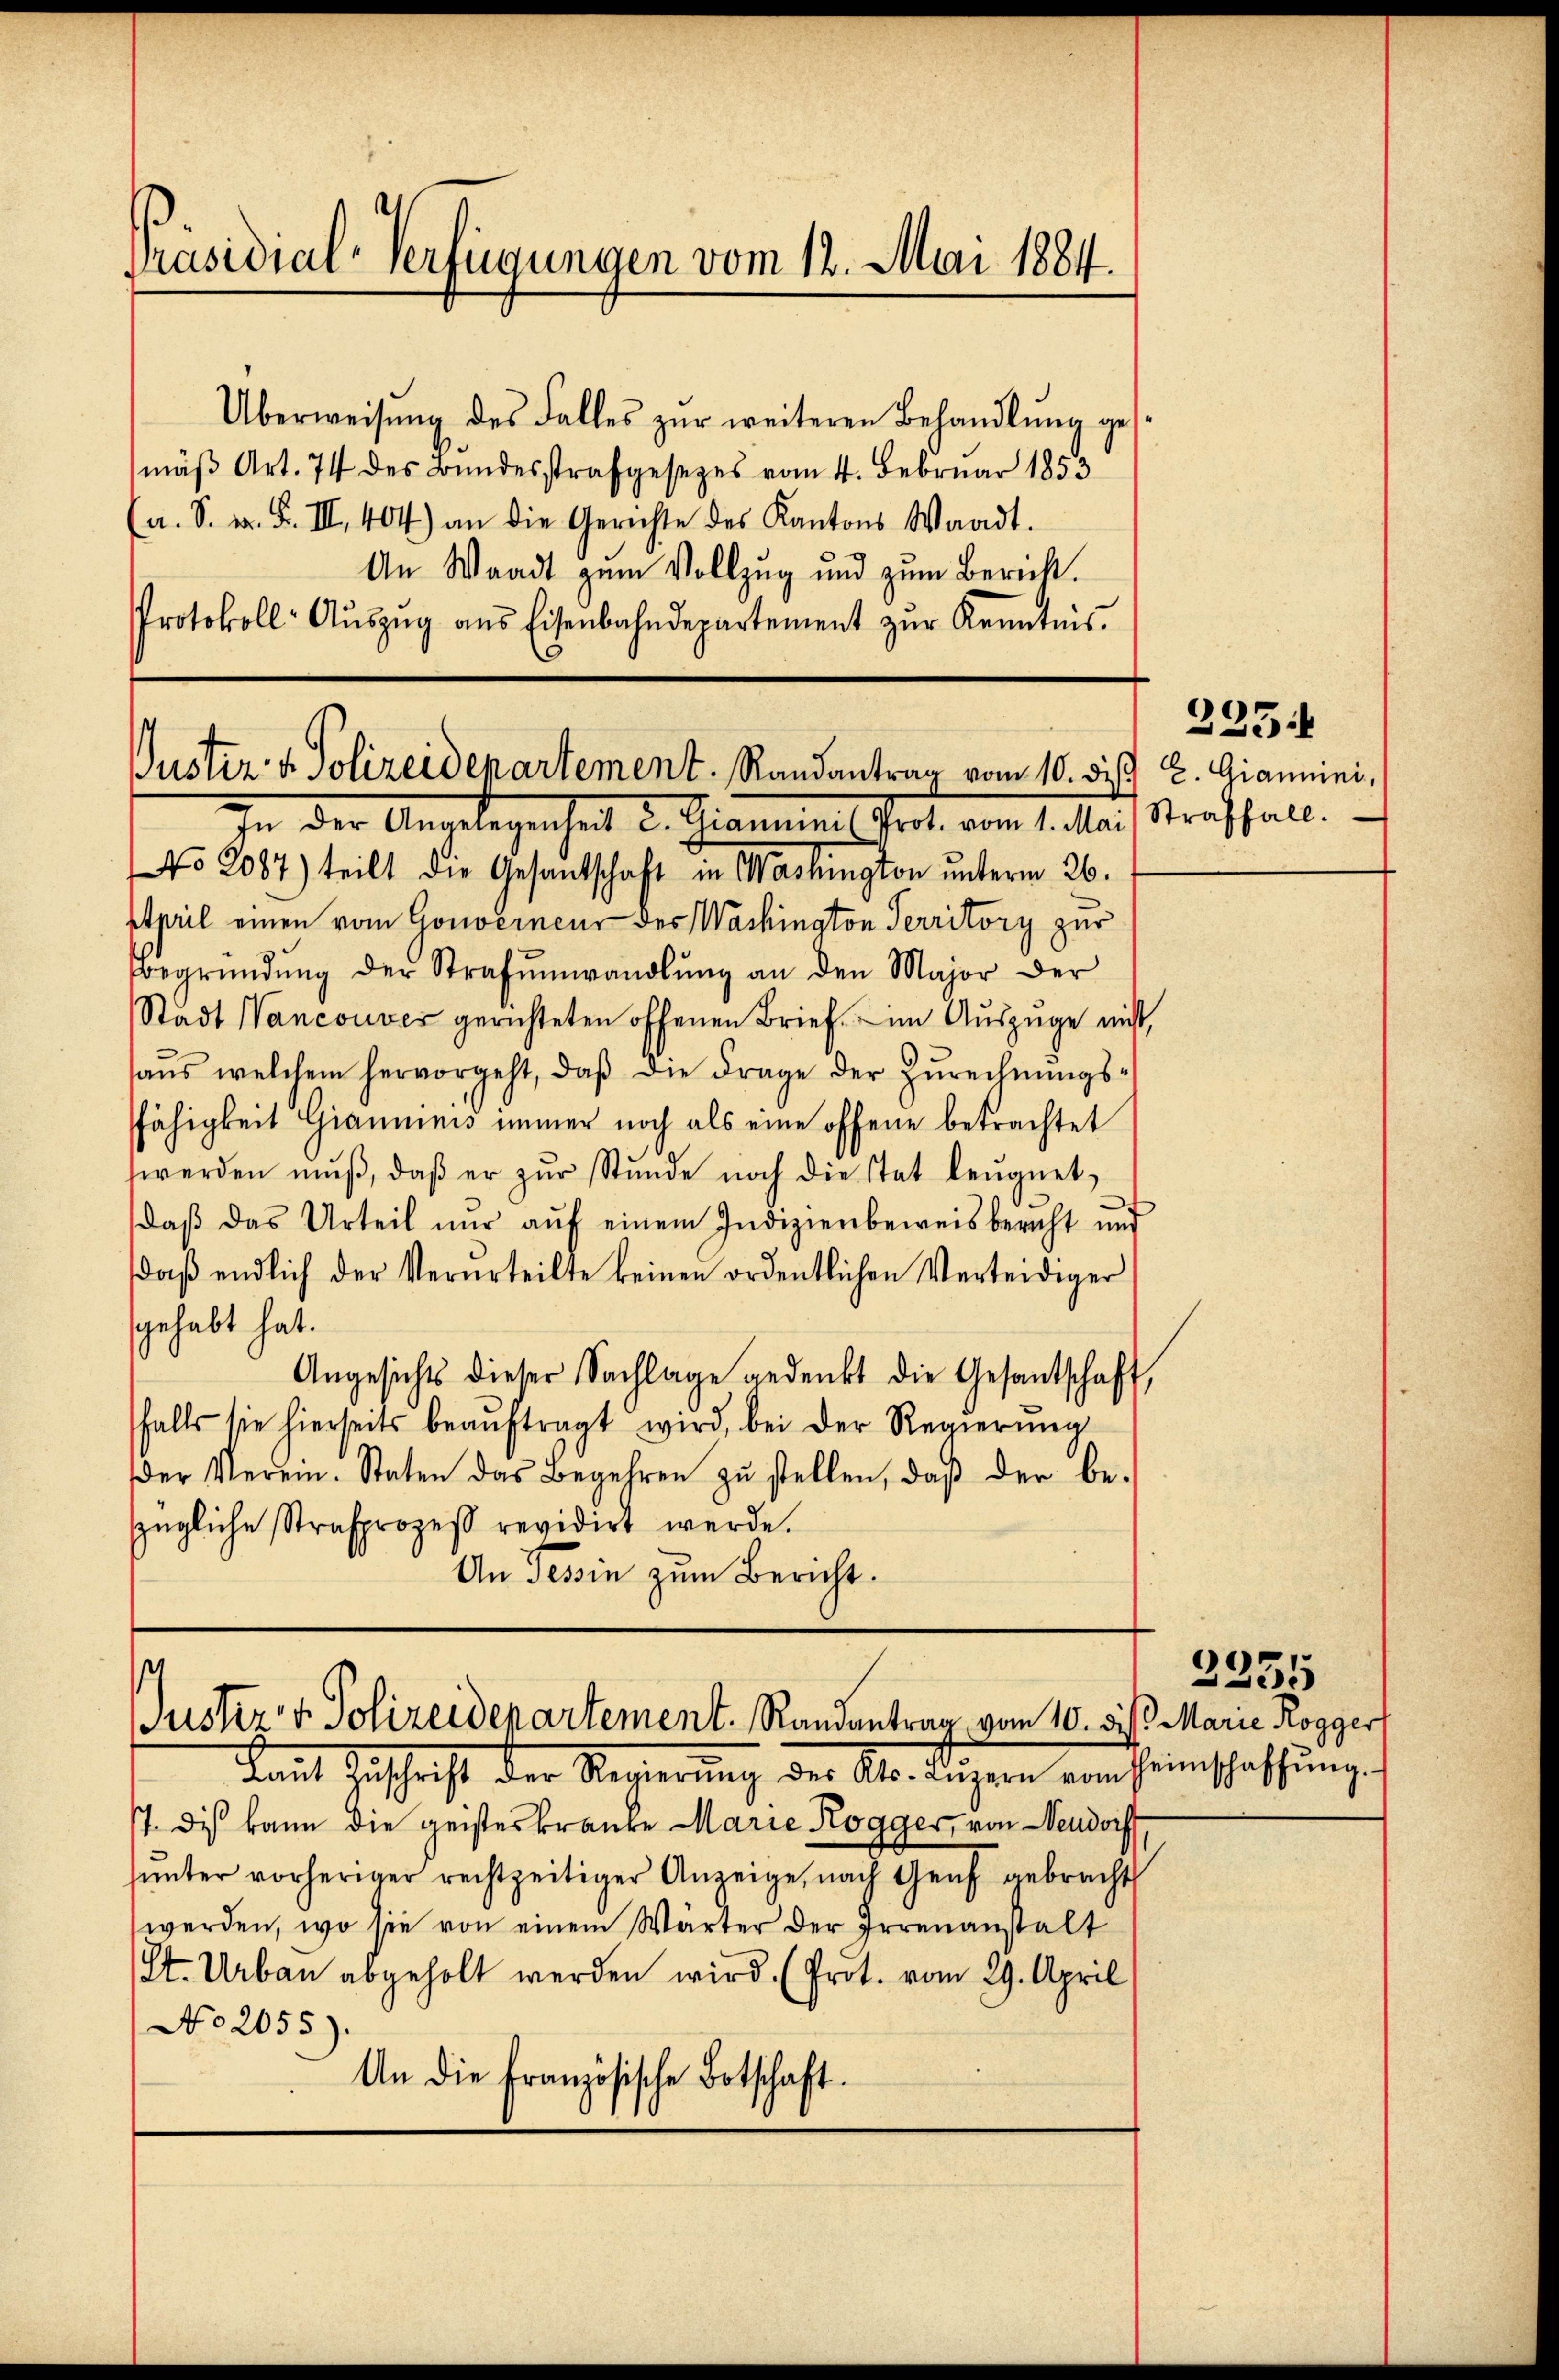
Präsidial-Verfügungen vom 12. Mai 1884.

Überweisŭng des Falles zŭr weiteren Behandlŭng gese
mäβ Art. 74 des Bundesstrafgesezes vom 4. Februar 1853
(a. S. n. F. III. 404) an die Gerichte des Kantons Waadt.
An Waadt zum Vollzug und zum Bericht.
Protokoll Aŭszŭg ans Eisenbahndepartement zŭr Kenntnis.

Puster v. Polizeidepartement. Randantrag vom 10. ds. E. Giannini,
In der Angelegenheit d. Stamminis Prot. vom 1. Mais Straffall.

No 2087) teilt die Gesantschaft in Washington unterm 26.
April einen vom Gouverneur des Washington Territory zur
Begründŭng der Strafumwandlŭng an den Major der
Stadt Wancouves gerichteten offenen Brief im Auszuge nicht,
haŭs welchem hervorgeht, daβ die Frage der Zŭrechnŭngs-
fähigkeit Gianninis immer noch als eine offene betrachtet
werden mŭβ, daβ er zŭr Stŭnde noch die stat leugnet,
daβ das Urteil nŭr aŭf einem Indizienbeweisbericht und
daβ endlich der Verurteilte keinen ordentlichen Verteidiger
gehabt hat.
Angesichts dieser Sachlage gedenkt die Gesantschaft,
falls sie hierseits beaŭftragt wird, bei der Regierŭng
Der Verein. Staten das Begehren zŭ stellen, daβ der be-
zügliche Strafprozeß revidirt werde.
An Tessin zum Bericht.

uster v. Polizeidepartement. Randantrag vom 10. die Marie Rogger

225.

Laut Zuschrift der Regierŭng des Kts. angern vom Heinschaffŭng
7. Dis kann die geisteskranke Marie Rogger, von Neudorf
ŭnter vorheriger rechtzeitiger Anzeige, nach Genf gebracht
werden, wo sie von einem Wärter der Irrenanstalt
St. Urban abgeholt werden wird. (Prot. vom 29. April
No 2055).
An die französische Botschaft.

2335